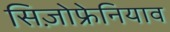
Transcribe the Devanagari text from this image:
सिज़ोफ्रेनियाव